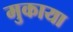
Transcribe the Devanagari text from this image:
मुकाया